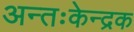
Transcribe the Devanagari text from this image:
अन्तःकेन्द्रक